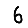
Digit: 6